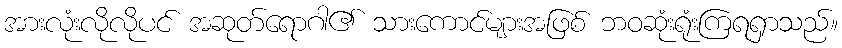
အားလုံးလိုလိုပင် အဆုတ်ရောဂါ၏ သားကောင်များအဖြစ် ဘဝဆုံးရုံးကြရရှာသည်။